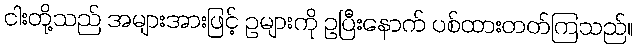
ငါးတို့သည် အများအားဖြင့် ဥများကို ဥပြီးနောက် ပစ်ထားတတ်ကြသည်။